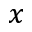
x